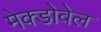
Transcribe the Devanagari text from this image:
मेक्डोवेल